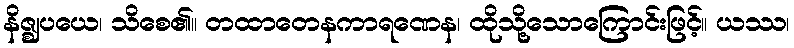
နိဇ္ဈပယေ၊ သိစေ၏။ တထာတေနကာရဏေန၊ ထိုသို့သောကြောင်းဖြင့်။ ယဿ၊